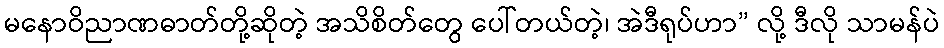
မနောဝိညာဏဓာတ်တို့ဆိုတဲ့ အသိစိတ်တွေ ပေါ်တယ်တဲ့၊ အဲဒီရုပ်ဟာ” လို့ ဒီလို သာမန်ပဲ